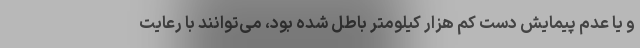
و یا عدم پیمایش دست کم هزار کیلومتر باطل شده بود، می‌توانند با رعایت